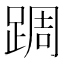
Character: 𨂊